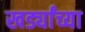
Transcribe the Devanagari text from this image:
खर्ड्यांच्या